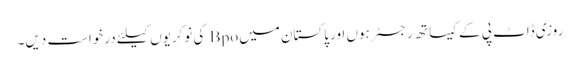
روزی ڈاٹ پی کے کیساتھ رجسٹر ہوں اور پاکستان میں Bpo کی نوکریوں کیلئے درخواست دیں۔